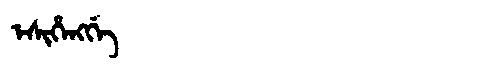
Manchu: ᡝᠰᡳᡥᡝᠩᡤᡝ
Romanization: ESIHENGGE